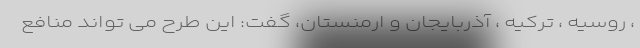
، روسیه ، ترکیه ، آذربایجان و ارمنستان، گفت: این طرح می تواند منافع